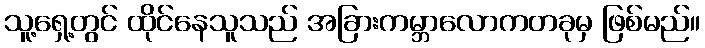
သူ့ရှေ့တွင် ထိုင်နေသူသည် အခြားကမ္ဘာလောကတခုမှ ဖြစ်မည်။